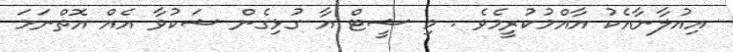
އިއުލާނާއެކު އާއްމުކުރީމެވެ . މި ޝީޓް އާ ގުޅިގެން ޝަކުވާ އެއް އޮތްނަމަ